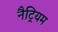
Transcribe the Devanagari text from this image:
नैट्रियम